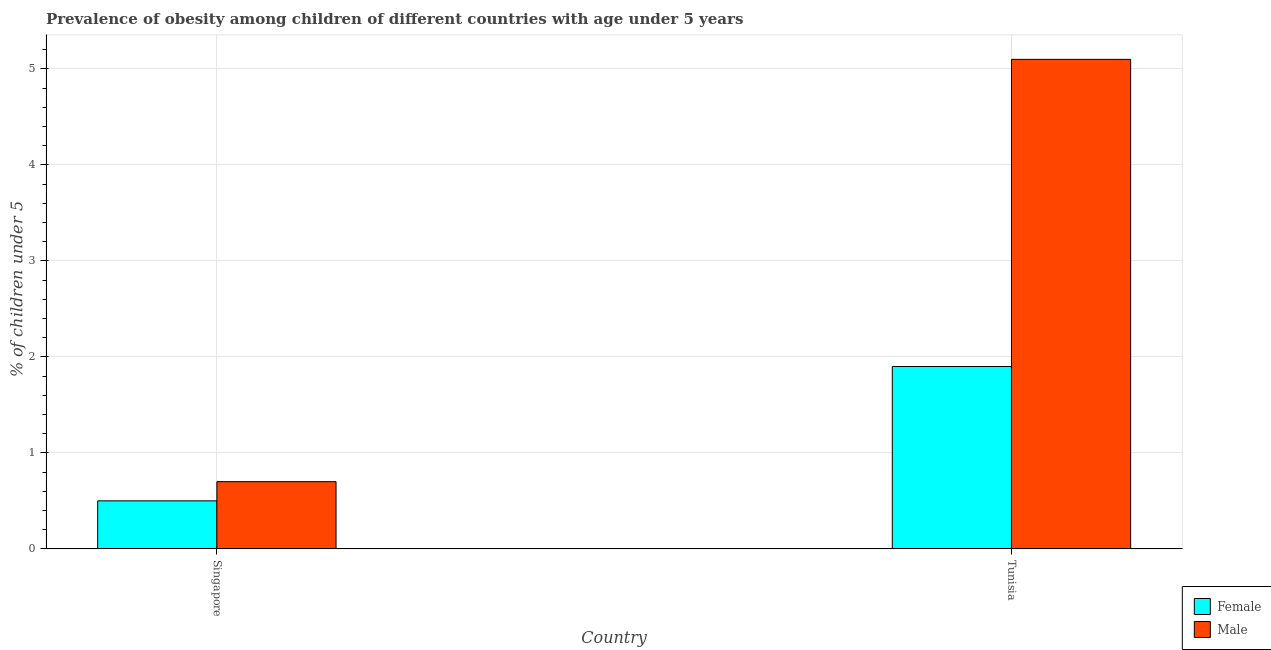
| Country | Female | Male |
 | --- | --- | --- |
 | Singapore | 0.5 | 0.7 |
 | Tunisia | 1.9 | 5.1 |